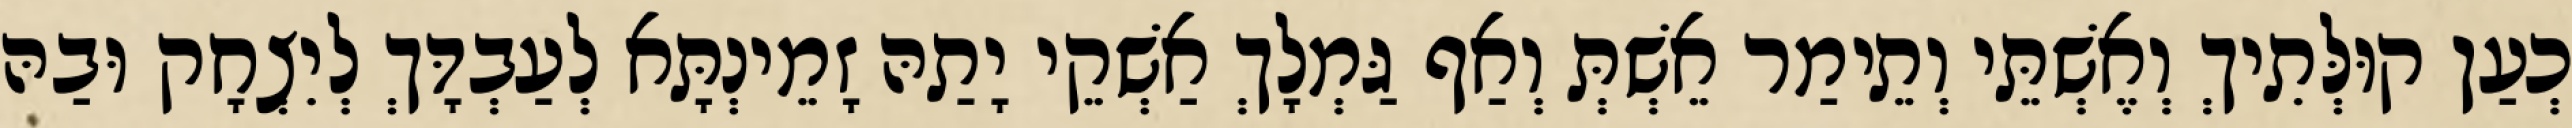
כְעַן קוּלְּתִיךְ וְאֶשְׁתֵּי וְתֵימַר אֵשְׁתְּ וְאַף גַּמְלָךְ אַשְׁקֵי יָתַהּ זָמֵינְתָּא לְעַבְדָּךְ לְיִצְחָק וּבַהּ